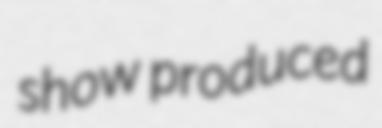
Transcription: show produced